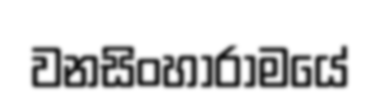
වනසිංහාරාමයේ